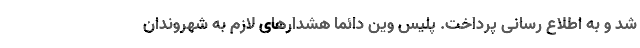
شد و به اطلاع رسانی پرداخت. پلیس وین دائما هشدارهای لازم به شهروندان